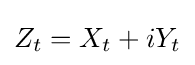
Z_{t}=X_{t}+iY_{t}